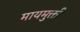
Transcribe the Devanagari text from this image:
मायमुक्ती